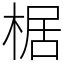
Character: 椐